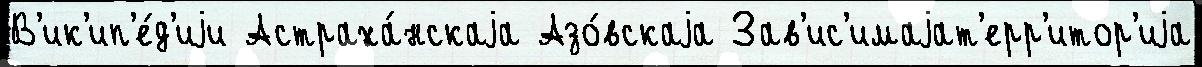
В'ик'ип'е́д'иjи Астраха́нскаjа Азо́вскаjа Зав'ис'имаjат'ерр'итор'иjа